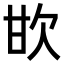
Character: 𣢟